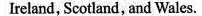
Ireland, Scotland, and Wales.